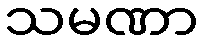
သမဏာ